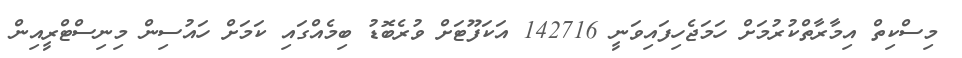
މިސްކިތް އިމާރާތްކުރުމަށް ހަމަޖެހިފައިވަނީ 142716 އަކަފޫޓަށް ވުރެބޮޑު ބިމެއްގައި ކަމަށް ހައުސިން މިނިސްޓްރީއިން